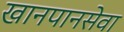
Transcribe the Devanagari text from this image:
खानपानसेवा